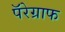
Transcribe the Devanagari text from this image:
पॅरेग्राफ